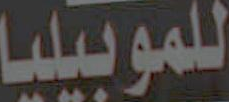
للموبيليا